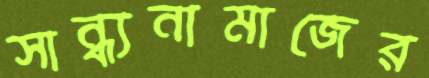
সান্ধ্যনামাজের